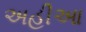
અહીઆ